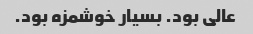
عالی بود. بسیار خوشمزه بود.